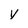
Character: v